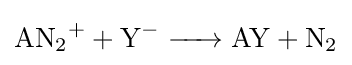
{\ce {AN2+ + Y- -> AY + N2}}